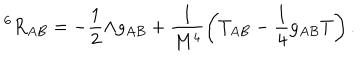
^ 6 R _ { A B } = - \frac { 1 } { 2 } \Lambda g _ { A B } + \frac { 1 } { M ^ { 4 } } \left( T _ { A B } - \frac { 1 } { 4 } g _ { A B } T \right) .